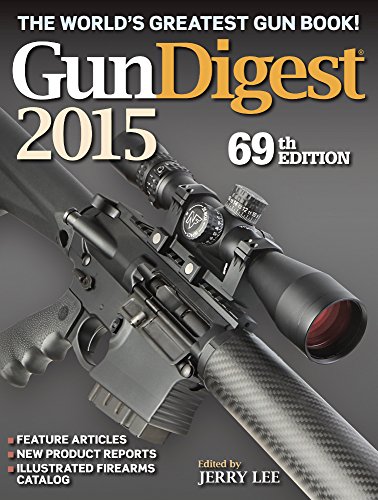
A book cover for Gun Digest 2015; Crafts, Hobbies & Home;